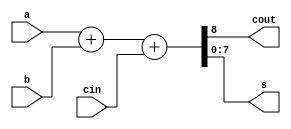
`timescale 1ns / 1ps
//////////////////////////////////////////////////////////////////////////////////
// Company: 
// Engineer: 
// 
// Design Name: 
// Module Name: Adder1
// Project Name: 
// Target Devices: 
// Tool Versions: 
// Description: 
// 
// Dependencies: 
// 
// Revision:
// Revision 0.01 - File Created
// Additional Comments:
// 
//////////////////////////////////////////////////////////////////////////////////


module Adder1(a, b, cin, cout, s);
    parameter n = 8;
    input [n-1:0] a, b ;
    input cin ;
    output [n-1:0] s ;
    output cout ;
    wire [n-1:0] s ;
    wire cout ;
    
    assign {cout, s} = a + b + cin ;
endmodule